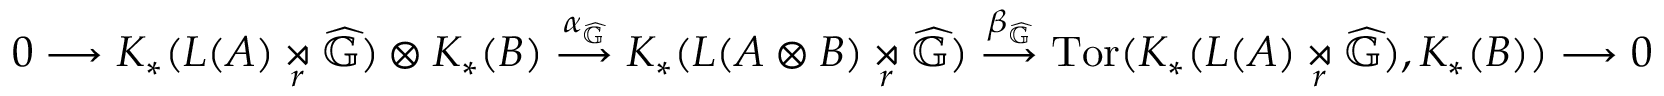
0 \longrightarrow K _ { * } ( L ( A ) \underset { r } { \rtimes } \widehat { \mathbb { G } } ) \otimes K _ { * } ( B ) \overset { \alpha _ { \widehat { \mathbb { G } } } } { \longrightarrow } K _ { * } ( L ( A \otimes B ) \underset { r } { \rtimes } \widehat { \mathbb { G } } ) \overset { \beta _ { \widehat { \mathbb { G } } } } { \longrightarrow } \mathrm { T o r } ( K _ { * } ( L ( A ) \underset { r } { \rtimes } \widehat { \mathbb { G } } ) , K _ { * } ( B ) ) \longrightarrow 0